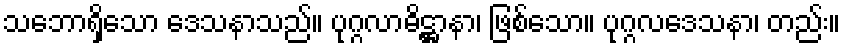
သဘောရှိသော ဒေသနာသည်။ ပုဂ္ဂလာဓိဋ္ဌာနာ၊ ဖြစ်သော။ ပုဂ္ဂလဒေသနာ၊ တည်း။